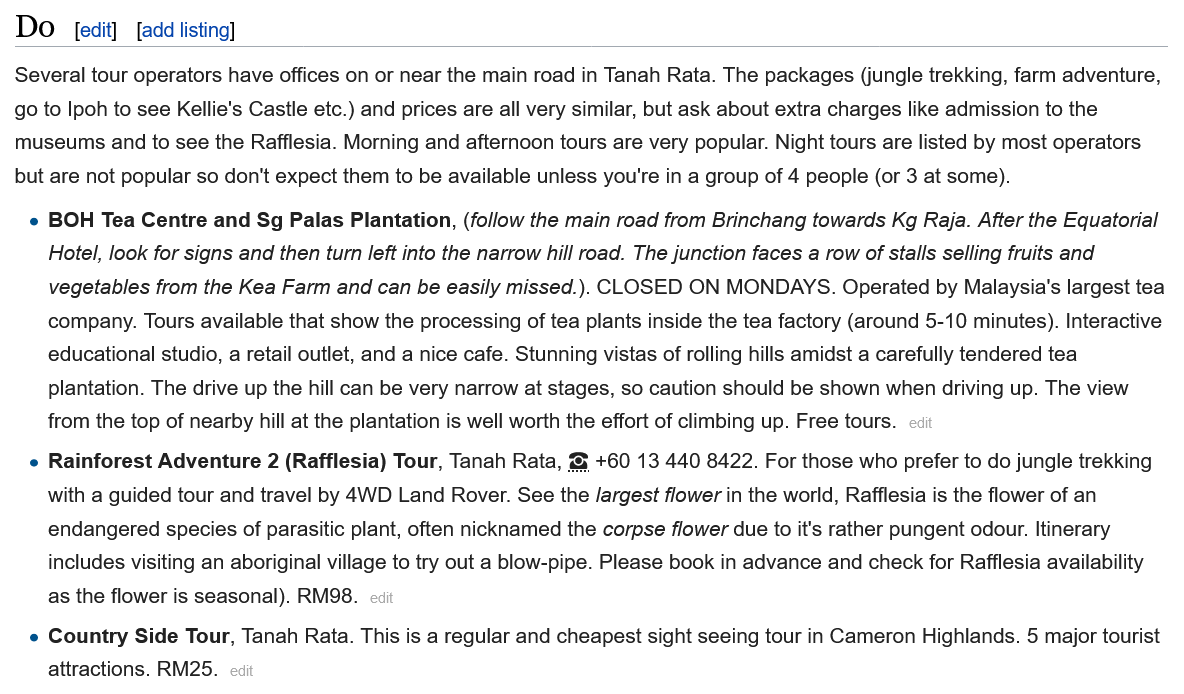
Do
  Several tour operators have offices on or near the main road in Tanah Rata. The packages (jungle trekking, farm adventure,
  go to Ipoh to see Kellie's Castle etc.) and prices are all very similar, but ask about extra charges like admission to the
  museums and to see the Rafflesia. Morning and afternoon tours are very popular. Night tours are listed by most operators
  but are not popular so don't expect them to be available unless you're in a group of 4 people (or 3 at some).
     BOH Tea  Centre and Sg Palas Plantation, (follow the main road from Brinchang towards Kg Raja. After the Equatorial
     Hotel, look for signs and then turn left into the narrow hill road. The junction faces a row of stalls selling fruits and
     vegetables from the Kea Farm and can be easily missed.). CLOSED ON MONDAYS. Operated by Malaysia's largest tea
     company. Tours available that show the processing of tea plants inside the tea factory (around 5-10 minutes). Interactive
     educational studio, a retail outlet, and a nice cafe. Stunning vistas of rolling hills amidst a carefully tendered tea
     plantation. The drive up the hill can be very narrow at stages, so caution should be shown when driving up. The view
     from the top of nearby hill at the plantation is well worth the effort of climbing up. Free tours.
     Rainforest Adventure 2 (Rafflesia) Tour, Tanah Rata, & +60 13 440 8422. For those who prefer to do jungle trekking
     with a guided tour and travel by 4WD Land Rover. See the /argest flower in the world, Rafflesia is the flower of an
     endangered species of parasitic plant, often nicknamed the corpse flower due to it's rather pungent odour. Itinerary
     includes visiting an aboriginal village to try out a blow-pipe. Please book in advance and check for Rafflesia availability
     as the flower is seasonal). RM98.
     Country Side Tour, Tanah Rata. This is a regular and cheapest sight seeing tour in Cameron Highlands. 5 major touris
     attractions. RM25.
     [edit] [add listing]